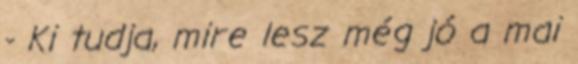
- Ki tudja, mire lesz még jó a mai